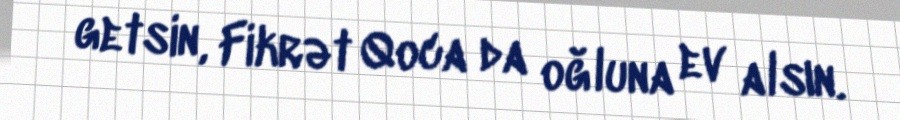
getsin, Fikrət Qoca da oğluna ev alsın.